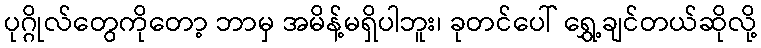
ပုဂ္ဂိုလ်တွေကိုတော့ ဘာမှ အမိန့်မရှိပါဘူး၊ ခုတင်ပေါ် ရွှေ့ချင်တယ်ဆိုလို့